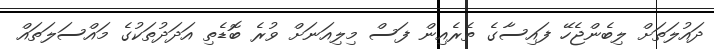
ދައުލަތަށް ލިބެންޖެހޭ ފައިސާގެ ތެރެއިން ފަސް މިލިއަނަށް ވުރެ ބޮޑެތި އަދަދުތަކުގެ މައްސަލަތައް